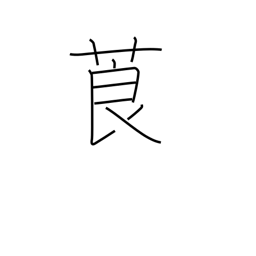
Meaning: tobacco